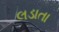
લડાતા